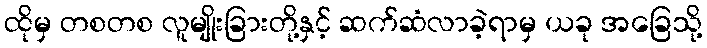
ထိုမှ တစတစ လူမျိုးခြားတို့နှင့် ဆက်ဆံလာခဲ့ရာမှ ယခု အခြေသို့